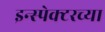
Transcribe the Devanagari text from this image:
इन्स्पेक्टरच्या